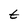
Character: t